Indian journal of veterinary science and animal husbandry - Volume 5,
Year: 1935
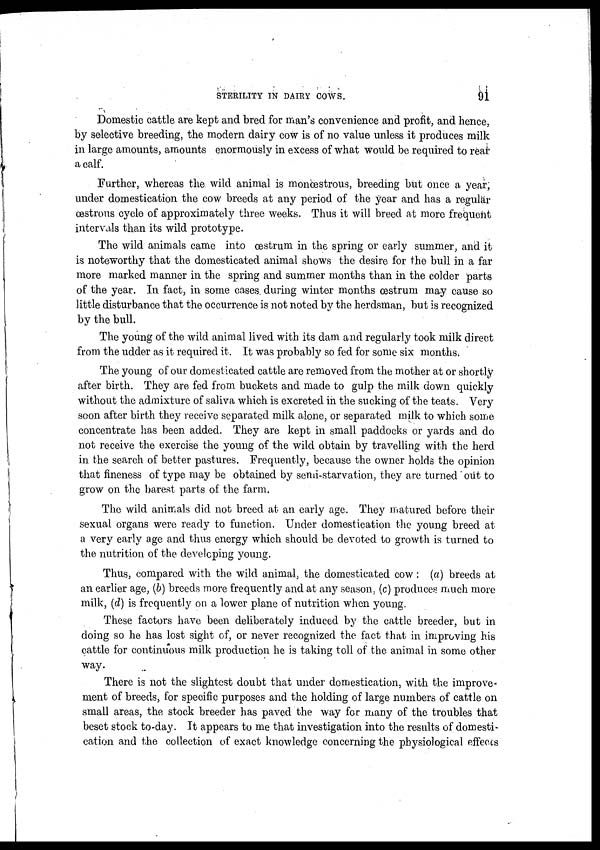
STERILITY IN DAIRY COWS.
91
Domestic cattle are kept and bred for man's convenience and profit, and hence,
by selective breeding, the modern dairy cow is of no value unless it produces milk
in large amounts, amounts enormously in excess of what would be required to rear
a calf.
Further, whereas the wild animal is monœstrous, breeding but once a year,
under domestication the cow breeds at any period of the year and has a regular
œstrons cycle of approximately three weeks. Thus it will breed at more frequent
intervals than its wild prototype.
The wild animals came into œstrum in the spring or early summer, and it-
is noteworthy that the domesticated animal shows the desire for the bull in a far
more marked manner in the spring and summer months than in the colder parts
of the year. In fact, in some cases during winter months œstrum may cause so
little disturbance that the occurrence is not noted by the herdsman, but is recognized
by the bull.
The young of the wild animal lived with its dam and regularly took milk direct
from the udder as it required it. It was probably so fed for some six months.
The young of our domesticated cattle are removed from the mother at or shortly
after birth. They are fed from buckets and made to gulp the milk down quickly
without the admixture of saliva which is excreted in the sucking of the teats. Very
soon after birth they receive separated milk alone, or separated milk to which some
concentrate has been added. They are kept in small paddocks or yards and do
not receive the exercise the young of the wild obtain by travelling with the herd
in the search of better pastures. Frequently, because the owner holds the opinion
that fineness of type may be obtained by semi-starvation, they are turned out to
grow on the barest parts of the farm.
The wild animals did not breed at an early age. They matured before their
sexual organs were ready to function. Under domestication the young breed at
a very early age and thus energy which should be devoted to growth is turned to
the nutrition of the developing young.
Thus, compared with the wild animal, the domesticated cow : (a) breeds at
an earlier age, (b) breeds more frequently and at any season, (c) produces much more
milk, (d) is frequently on a lower plane of nutrition when young.
These factors have been deliberately induced by the cattle breeder, but in
doing so he has lost sight of, or never recognized the fact that in improving his
cattle for continuous milk production he is taking toll of the animal in some other
way.
There is not the slightest doubt that under domestication, with the improve-
ment of breeds, for specific purposes and the holding of large numbers of cattle on
small areas, the stock breeder has paved the way for many of the troubles that
beset stock to-day. It appears to me that investigation into the results of domesti-
cation and the collection of exact knowledge concerning the physiological effects